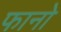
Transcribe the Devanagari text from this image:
फानो